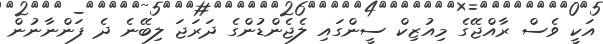
އަކީ ވެސް ރާއްޖޭގެ މިއުޒިކް ސީންގައި ލެޖެންޑުންގެ ދަރަޖަ ލިބޭނެ ދެ ފަންނާނުން